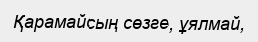
Қарамайсың сөзге, ұялмай,